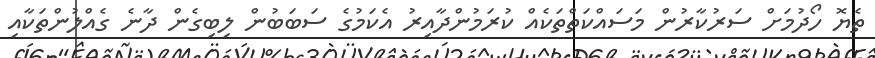
ތެޔޮ ހޯދުމަށް ސަރުކާރުން މަސައްކަތްތަކެއް ކުރަމުންދާއިރު އެކަމުގެ ސަަބަބުން ލިބިގެން ދާނެ ގެއްލުންތަކާއި